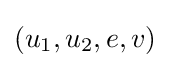
(u_{1},u_{2},e,v)